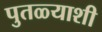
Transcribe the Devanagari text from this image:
पुतळ्याशी